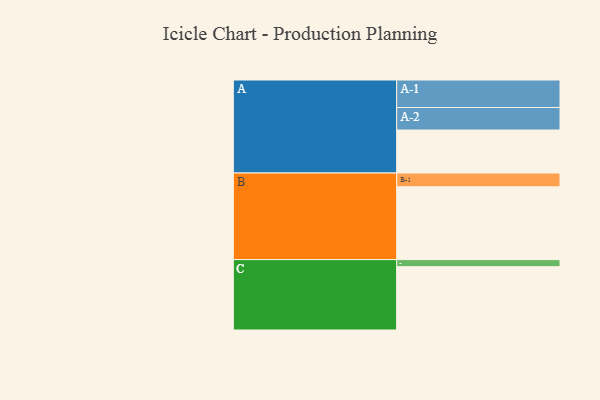
{"axis": {"x": "Segment", "y": "Value"}, "legend": ["", "A", "B", "C"], "data": [{"x": "A", "y": 327, "type": ""}, {"x": "B", "y": 553, "type": ""}, {"x": "C", "y": 481, "type": ""}, {"x": "A-1", "y": 209, "type": "A"}, {"x": "A-2", "y": 171, "type": "A"}, {"x": "B-1", "y": 105, "type": "B"}, {"x": "C-1", "y": 54, "type": "C"}]}